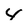
Character: 4